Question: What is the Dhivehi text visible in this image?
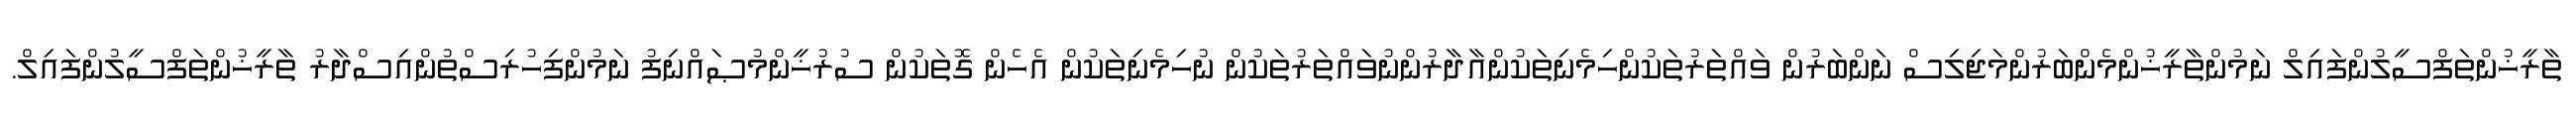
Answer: ތާރީޚުންތަފްސީލުންފައިލް ނަމުންތާރީޚުންމެންބަރުންމަޖިލިސް ނަންބަރުން ވައްތަރުތަކުންހިމެނިތަކުންއާދާރުންނުވައްތަރުތަކުން ނުހިމެނިތަކުން އެހެން ގޮތަކުން ސުރުޚީންމުޞައްނިފު ނަމުންފިހުރިސްތުންއިސްދާރު ތާރީޚުންތަފްސީލުންފައިލް.